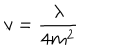
v = \frac \lambda { 4 m ^ { 2 } } \hspace { 0 . 3 c m } .